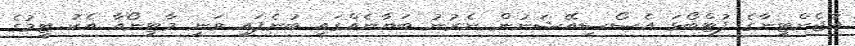
އާޖެންޓީނާގެ ފުޓްބޯޅަ އެސޯސިއޭޝަނުން ނެރުނު ބަޔާނެއްގައި ބުނެފައި ވަނީ މާޓިނޯއާ އެކު ޓީމުގެ